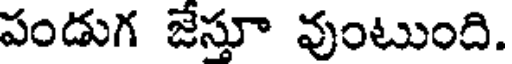
పండుగ జేస్తూ వుంటుంది.